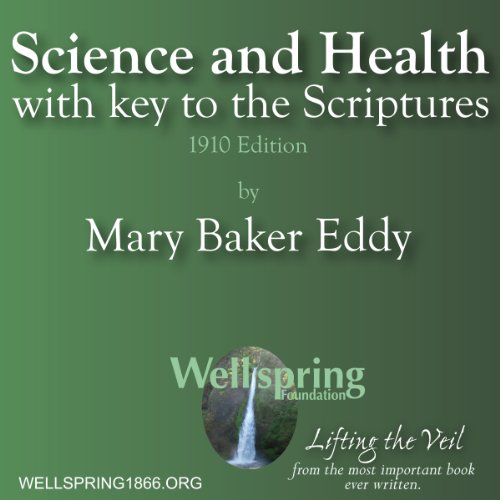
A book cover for Science and Health, with Key to the Scriptures; Mary Baker Eddy; Christian Books & Bibles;